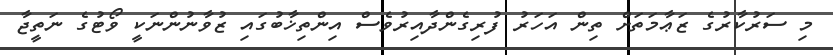
މި ސަރުކާރުގެ ޒަޢާމަތަށް ތިން އަހަރު ފުރިގެންދާއިރުވެސް އިންތިޚާބުގައި ޒުވާނުންނަކީ ވޯޓުގެ ނަތީޖާ